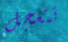
تتعجل